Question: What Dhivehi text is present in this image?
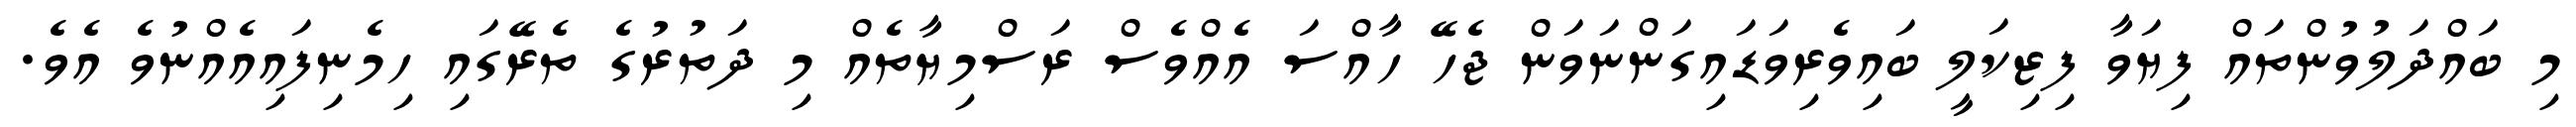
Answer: މި ބައްދަލުވުންތައް ފިޔަވާ ފިޒިކަލީ ބައިވެރިވަޑައިގަންނަވަން ޖެހޭ ހާއްސަ އެއްވެސް ރަސްމިޔާތެއް މި ދަތުރުގެ ތެރޭގައި ހިމެނިފައިއެއްނުވެ އެވެ.